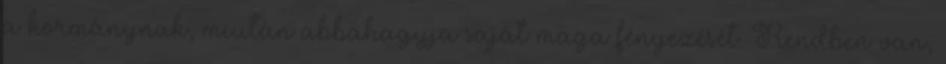
a kormánynak, miután abbahagyja saját maga fényezését. Rendben van,